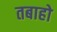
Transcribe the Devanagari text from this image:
तबाहो